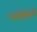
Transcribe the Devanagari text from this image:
परलोकमे